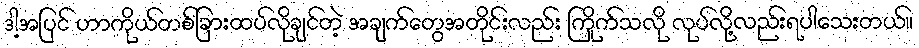
ဒါ့အပြင် ဟာကိုယ်တစ်ခြားထပ်လိုချင်တဲ့ အချက်တွေအတိုင်းလည်း ကြိုက်သလို လုပ်လို့လည်းရပါသေးတယ်။